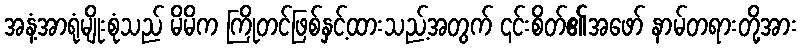
အနံ့အာရုံမျိုးစုံသည် မိမိက ကြိုတင်ဖြစ်နှင့်ထားသည့်အတွက် ၎င်းစိတ်၏အဖော် နာမ်တရားတို့အား